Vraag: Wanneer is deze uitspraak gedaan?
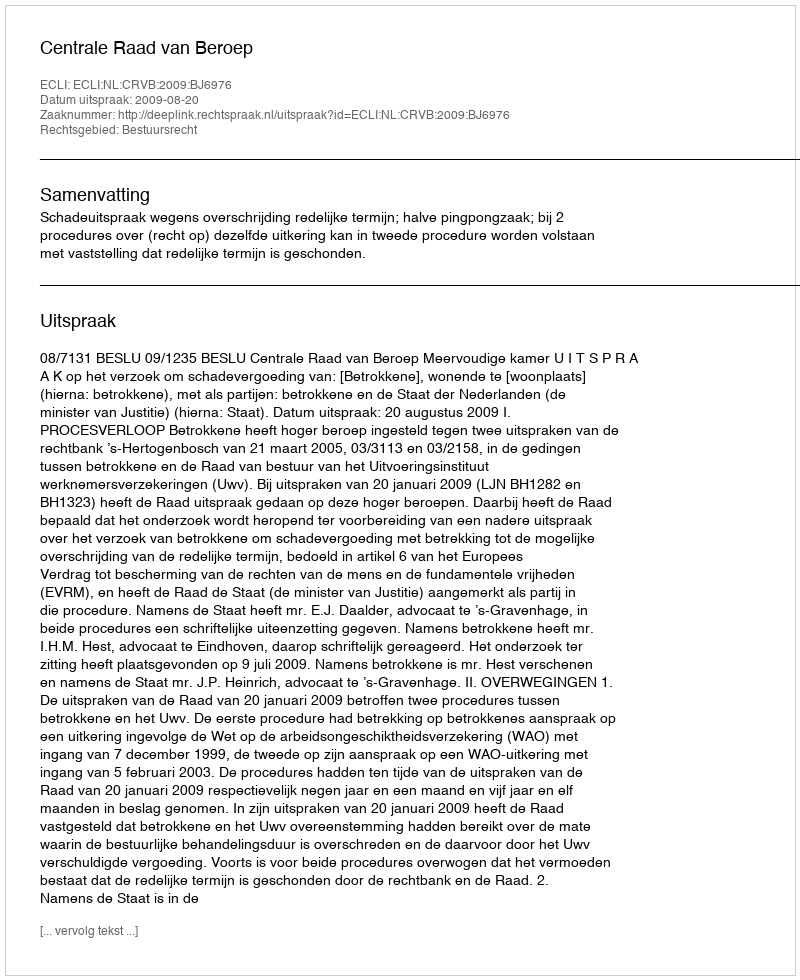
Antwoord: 2009-08-20